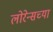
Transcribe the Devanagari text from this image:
लोरेन्सच्या